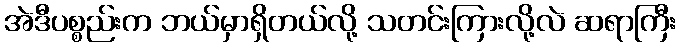
အဲဒီပစ္စည်းက ဘယ်မှာရှိတယ်လို့ သတင်းကြားလို့လဲ ဆရာကြီး